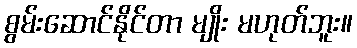
စွမ်းဆောင်နိုင်တာ မျိုး မဟုတ်ဘူး။